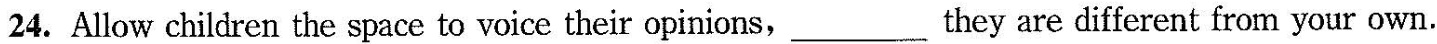
24. Allow children the space to voice their opinions,___they are different from your own.